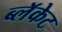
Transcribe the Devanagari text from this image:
ब्लॅकेट